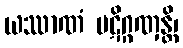
ယဿာဏံ ပဋိဂ္ဂဏှန္တိ၊